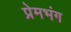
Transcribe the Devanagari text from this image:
प्रेमभंग